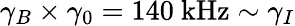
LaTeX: \gamma_{B}\times\gamma_{0}=140~\mathrm{kHz}\sim\gamma_{I}